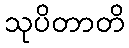
သုပိတာတိ